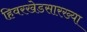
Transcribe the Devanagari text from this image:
हिवरखेडसारख्या